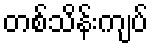
တစ်သိန်းကျပ်